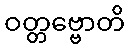
ဝတ္တဗ္ဗောတိ